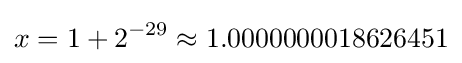
x=1+2^{-29}\approx 1.0000000018626451